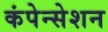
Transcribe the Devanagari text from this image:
कंपेन्सेशन